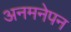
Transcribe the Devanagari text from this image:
अनमनेपन